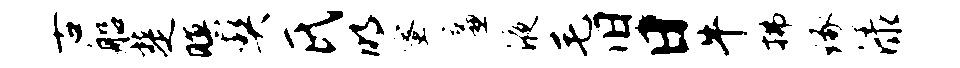
古船楚暝契氏明蜜廉液毛旧日牛拂琢渌